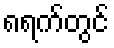
၈ရက်တွင်